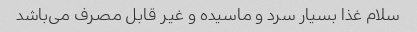
سلام غذا بسیار سرد و ماسیده و غیر قابل مصرف می‌باشد